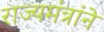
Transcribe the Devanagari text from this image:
राज्यमंत्रांने